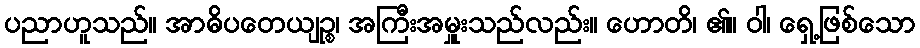
ပညာဟူသည်။ အာဓိပတေယျဉ္စ၊ အကြီးအမှူးသည်လည်း။ ဟောတိ၊ ၏။ ဝါ၊ ရှေ့ဖြစ်သော